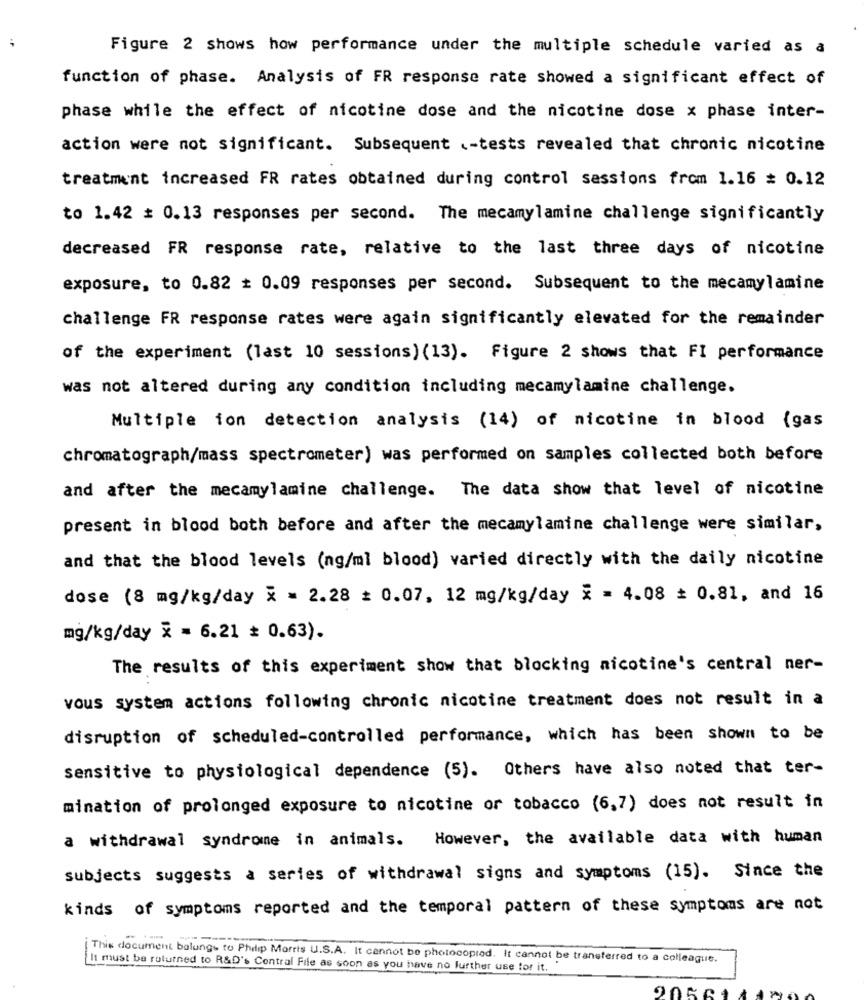
Figure 2 shows how performance under the multiple schedule varied as a
function of phase. Analysis of FR response rate showed a significant effect of
phase while the effect of nicotine dose and the nicotine dose x phase inter-
action were not significant. Subsequent .- tests revealed that chronic nicotine
treatment increased FR rates obtained during control sessions from 1.16 = 0.12
to 1.42 # 0.13 responses per second. The mecamylamine challenge significantly
decreased FR response rate, relative to the last three days of nicotine
exposure, to 0.82 + 0.09 responses per second. Subsequent to the mecamylamine
challenge FR response rates were again significantly elevated for the remainder
of the experiment (last 10 sessions) (13). Figure 2 shows that FI performance
was not altered during any condition including mecamylamine challenge.
Multiple ion detection analysis (14) of nicotine in blood (gas
chromatograph/mass spectrometer) was performed on samples collected both before
and after the mecamylamine challenge. The data show that level of nicotine
present in blood both before and after the mecamylamine challenge were similar,
and that the blood levels (ng/ml blood) varied directly with the daily nicotine
dose (8 mg/kg/day x = 2.28 = 0.07, 12 mg/kg/day x = 4.08 = 0.81, and 16
mg/kg/day x = 6.21 = 0.63).
The results of this experiment show that blocking nicotine's central ner-
vous system actions following chronic nicotine treatment does not result in a
disruption of scheduled-controlled performance, which has been shown to be
sensitive to physiological dependence (5). Others have also noted that ter-
mination of prolonged exposure to nicotine or tobacco (6,7) does not result in
However, the available data with human
a withdrawal syndrome in animals.
subjects suggests a series of withdrawal signs and symptoms (15). Since the
kinds of symptoms reported and the temporal pattern of these symptoms are not
This document balungs to Philip Morris U.S.A. It cannot be photocopied. It cannot be transferred to a colleague.
It must be returned to R&D's Central File as soon as you have no further use tor it. "
9050